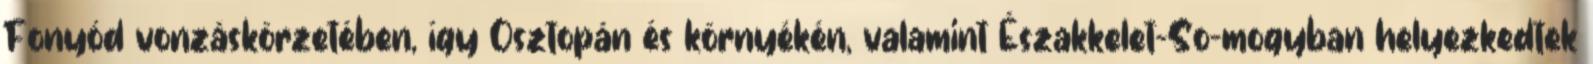
Fonyód vonzáskörzetében, így Osztopán és környékén, valamint Északkelet-So-mogyban helyezkedtek